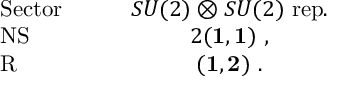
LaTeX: \begin{array} { l c } { { { \mathrm { S e c t o r } } \quad \quad } } & { { S U ( 2 ) \otimes S U ( 2 ) ~ { \mathrm { r e p . } } } } \\ { { { \mathrm { N S } } } } & { { 2 ( { \bf 1 } , { \bf 1 } ) ~ , } } \\ { { { \mathrm { R } } } } & { { ( { \bf 1 } , { \bf 2 } ) ~ . } } \end{array}